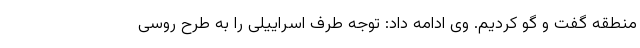
منطقه گفت و گو کردیم. وی ادامه داد: توجه طرف اسراییلی را به طرح روسی